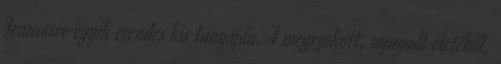
Tennessee egyik csendes kis tanyáján. A megszokott, nyugodt életéből.